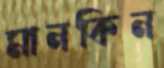
মানকিন